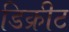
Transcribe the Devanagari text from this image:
डिक्रीट